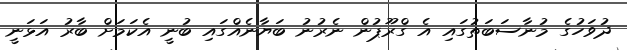
ދުވަހުގެ މުނާސަބަތުގައި އެ ގްރޫޕުން ނެރުނު ބަޔާނެއްގައި ބުނީ އެކަމަށް ބާރު އަޅަނީ